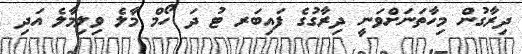
ދިރާގުން މިހާތަނަށްވަނީ ދިރާގުގެ ފައިބަރ ޓު ދަ ހޯމް މާލެ ވިލިމާލެ އަދި